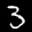
Label: 3